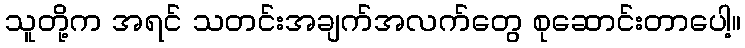
သူတို့က အရင် သတင်းအချက်အလက်တွေ စုဆောင်းတာပေါ့။